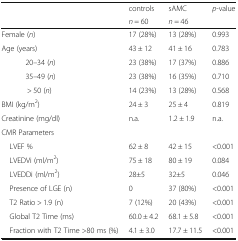
<table><thead><tr><td rowspan="2"></td><td><b>controls</b></td><td><b>sAMC</b></td><td rowspan="2"><b><i>p</i>-value</b></td></tr><tr><td><b><i>n</i> = 60</b></td><td><b><i>n</i> = 46</b></td></tr></thead><tbody><tr><td>Female (<i>n</i>)</td><td>17 (28%)</td><td>13 (28%)</td><td>0.993</td></tr><tr><td>Age (years)</td><td>43 ± 12</td><td>41 ± 16</td><td>0.783</td></tr><tr><td>20–34 (<i>n</i>)</td><td>23 (38%)</td><td>17 (37%)</td><td>0.886</td></tr><tr><td>35–49 (<i>n</i>)</td><td>23 (38%)</td><td>16 (35%)</td><td>0.710</td></tr><tr><td>&gt; 50 (<i>n</i>)</td><td>14 (23%)</td><td>13 (28%)</td><td>0.568</td></tr><tr><td>BMI (kg/m<sup>2</sup>)</td><td>24 ± 3</td><td>25 ± 4</td><td>0.819</td></tr><tr><td>Creatinine (mg/dl)</td><td>n.a.</td><td>1.2 ± 1.9</td><td>n.a.</td></tr><tr><td colspan="4">CMR Parameters</td></tr><tr><td> LVEF %</td><td>62 ± 8</td><td>42 ± 15</td><td>&lt;0.001</td></tr><tr><td> LVEDVi (ml/m<sup>2</sup>)</td><td>75 ± 18</td><td>80 ± 19</td><td>0.084</td></tr><tr><td> LVEDDi (ml/m<sup>2</sup>)</td><td>28±5</td><td>32±5</td><td>0.046</td></tr><tr><td> Presence of LGE (n)</td><td>0</td><td>37 (80%)</td><td>&lt;0.001</td></tr><tr><td> T2 Ratio &gt; 1.9 (n)</td><td>7 (12%)</td><td>20 (43%)</td><td>&lt;0.001</td></tr><tr><td> Global T2 Time (ms)</td><td>60.0 ± 4.2</td><td>68.1 ± 5.8</td><td>&lt;0.001</td></tr><tr><td> Fraction with T2 Time &gt;80 ms (%)</td><td>4.1 ± 3.0</td><td>17.7 ± 11.5</td><td>&lt;0.001</td></tr></tbody></table>